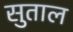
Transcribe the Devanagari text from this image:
सुताल